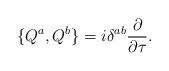
LaTeX: \begin{align*}\{ Q^a , Q^b \} = i\delta^{ab}\frac{\partial}{\partial\tau}.\end{align*}